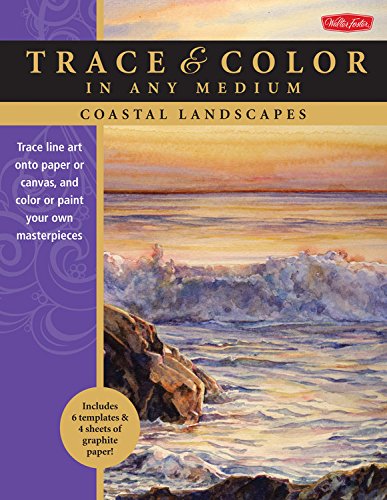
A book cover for Coastal Landscapes: Trace line art onto paper or canvas, and color or paint your own masterpieces (Trace & Color); Thomas Needham; Arts & Photography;